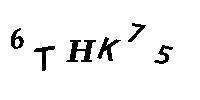
6THK75